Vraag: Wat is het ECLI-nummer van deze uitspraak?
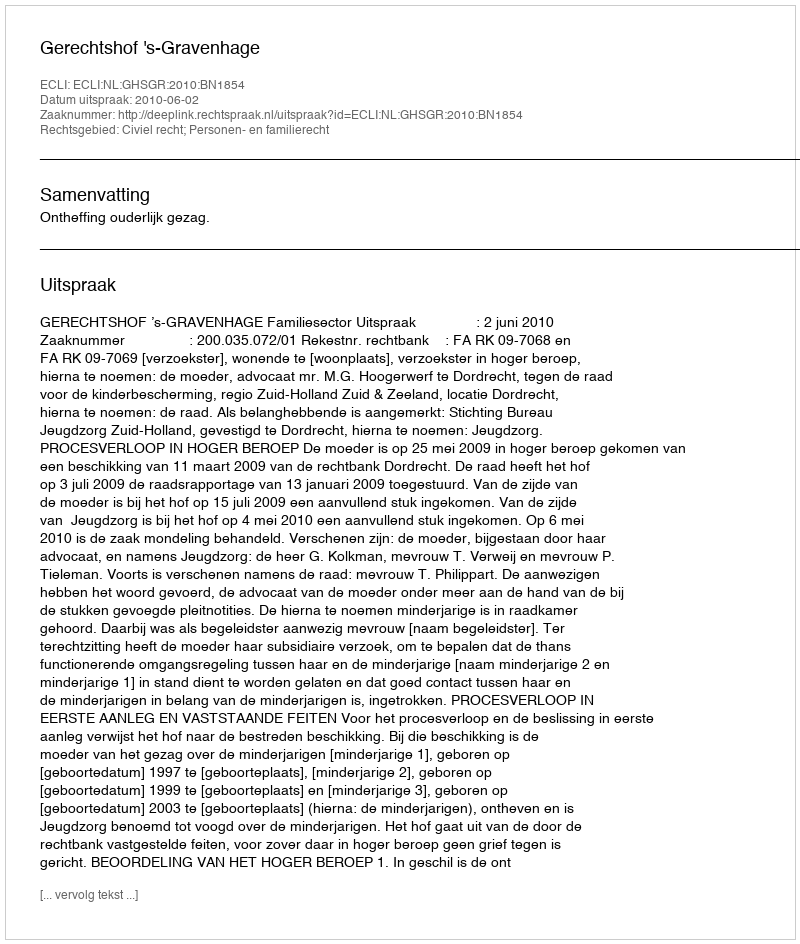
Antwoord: ECLI:NL:GHSGR:2010:BN1854